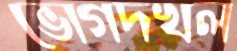
ভোগদখল